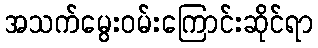
အသက်မွေးဝမ်းကြောင်းဆိုင်ရာ